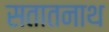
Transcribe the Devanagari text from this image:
सतातनाथ